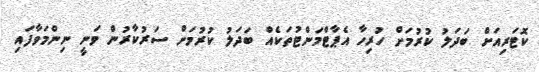
ކޮޓަރިއަށް ބަދަލު ކުރުމަށް ހުރިހާ އެޕާޓްމަންޓުތަކެއް ބަދަލު ކުރުމަށް ސަރުކާރުން ވަނީ ނިންމަވާފައި